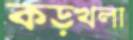
কড়খলা